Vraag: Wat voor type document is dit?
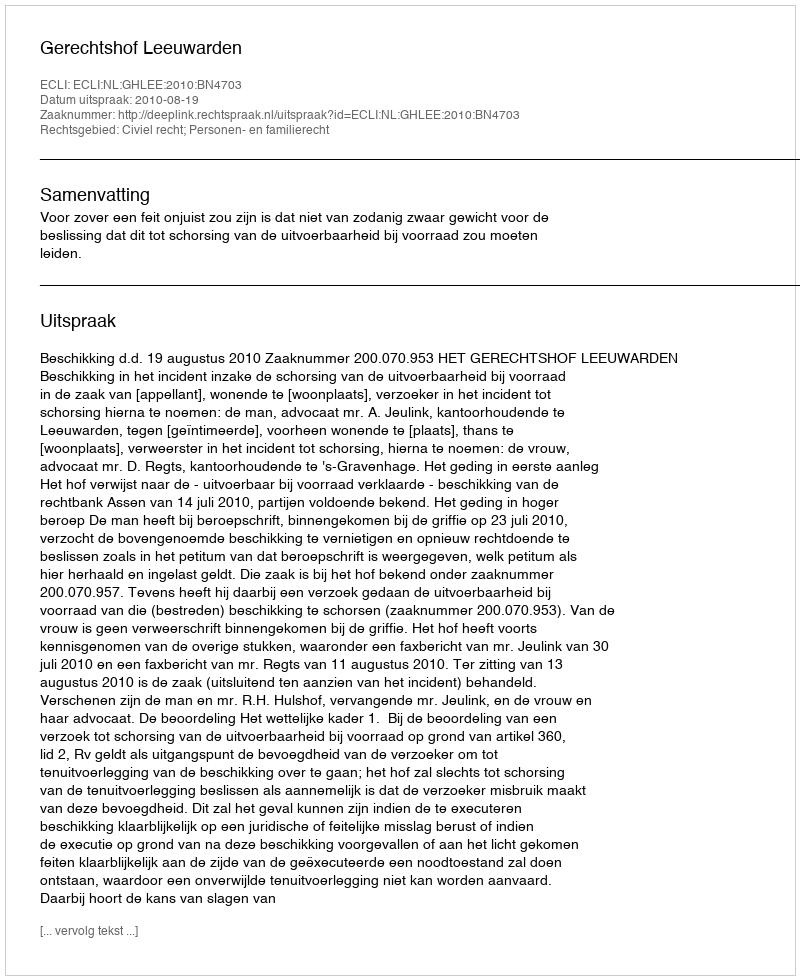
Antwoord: Uitspraak